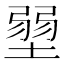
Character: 𡎳